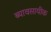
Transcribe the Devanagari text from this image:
ब्यावसायीक